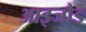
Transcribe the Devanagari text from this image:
आइजौड